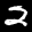
Label: 2